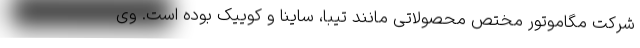
شرکت مگاموتور مختص محصولاتی مانند تیبا، ساینا و کوییک بوده است. وی